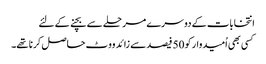
انتخابات کے دوسرے مرحلے سے بچنے کے لئے
کسی بھی اُمیدوار کو 50 فیصد سے زائد ووٹ حاصل کرنا تھے۔